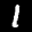
Label: 1